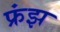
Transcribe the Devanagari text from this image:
फ्रंझ